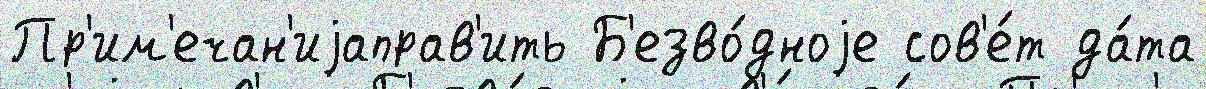
Пр'им'ечан'иjаправ'ить Б'езво́дноjе сов'е́т да́та